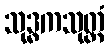
သုဒ္ဓကသုတ္တံ